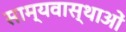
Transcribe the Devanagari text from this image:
साम्यवास्थाओं